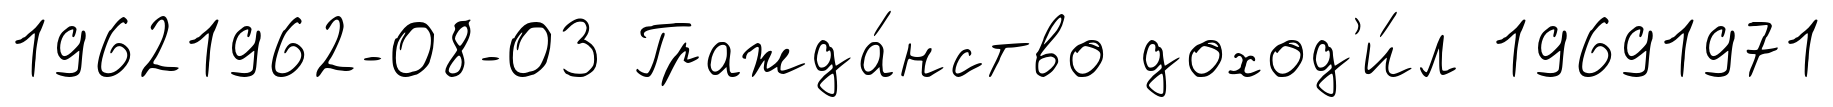
19621962-08-03 Гражда́нство доход'и́л 19691971